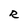
Character: R